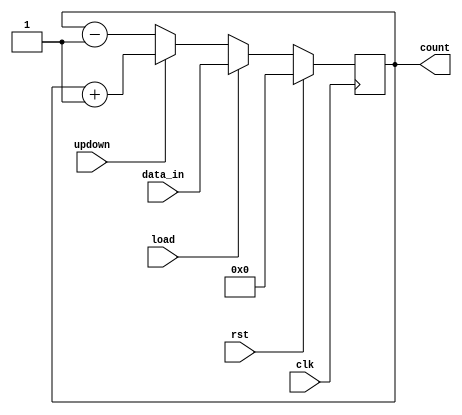
module up_down_counter_8bit(clk,rst,load,updown,data_in,count);
  input clk,rst,load,updown;
  input [7:0]data_in;
  output reg [7:0]count;
  always @(posedge clk)
    begin
    if(rst)
      count <= 8'b0;
  else if(load)
    count <= data_in;
  else if(updown)
    count <= count +1'b1;
  else
    count <= count - 1'b1;
    end
endmodule